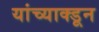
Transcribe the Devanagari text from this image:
यांच्याक्डून